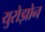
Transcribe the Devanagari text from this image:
युरोझोन